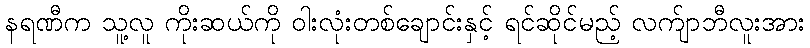
နရဏီက သူ့လူ ကိုးဆယ်ကို ဝါးလုံးတစ်ချောင်းနှင့် ရင်ဆိုင်မည့် လက်ျာဘီလူးအား